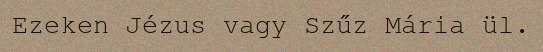
Ezeken Jézus vagy Szűz Mária ül.